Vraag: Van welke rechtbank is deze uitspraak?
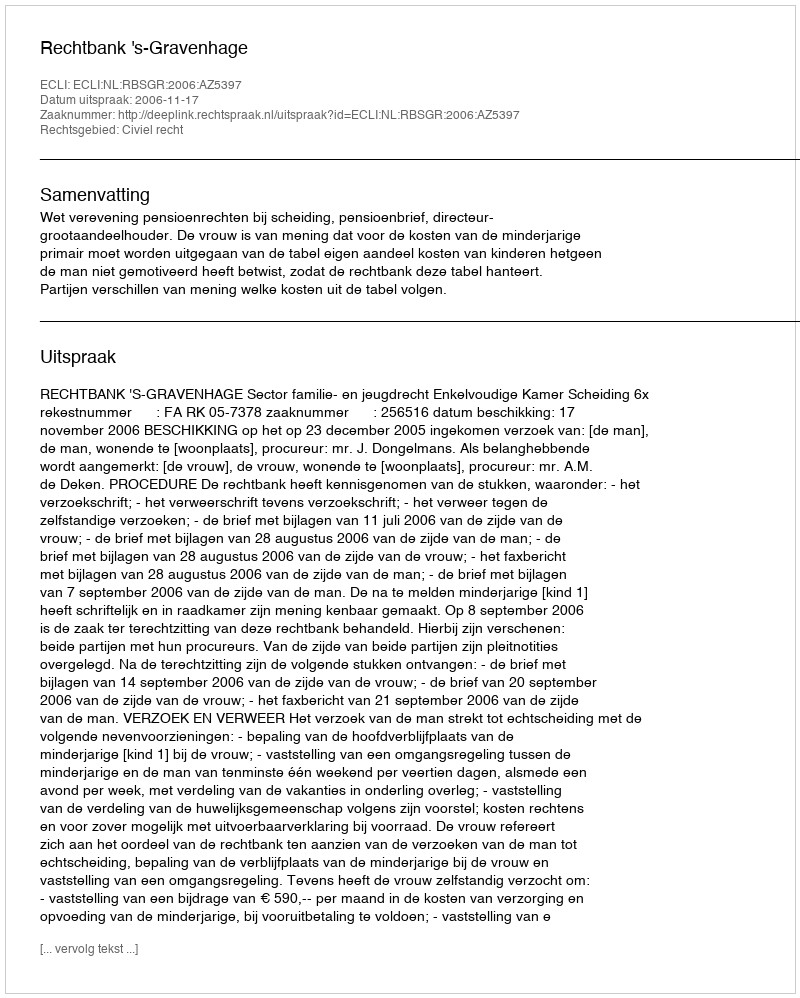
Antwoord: Rechtbank 's-Gravenhage